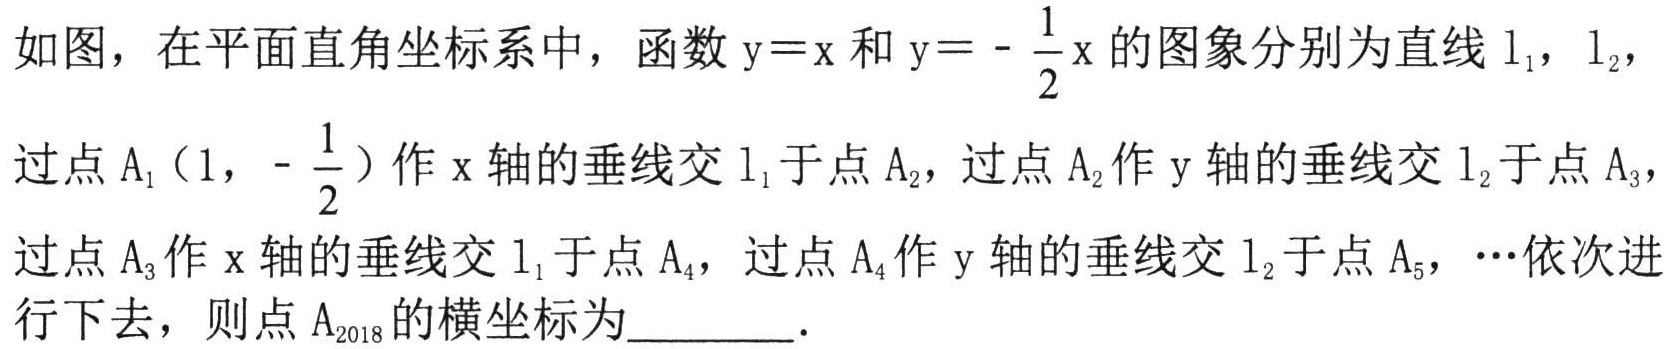
如图，在平面直角坐标系中，函数\(y = x\)和\(y = -\frac{1}{2}x\)的图象分别为直线\(l_1\)，\(l_2\)，过点\(A_1(1,-\frac{1}{2})\)作\(x\)轴的垂线交\(l_1\)于点\(A_2\)，过点\(A_2\)作\(y\)轴的垂线交\(l_2\)于点\(A_3\)，过点\(A_3\)作\(x\)轴的垂线交\(l_1\)于点\(A_4\)，过点\(A_4\)作\(y\)轴的垂线交\(l_2\)于点\(A_5\)，\(\cdots\)依次进行下去，则点\(A_{2018}\)的横坐标为________．